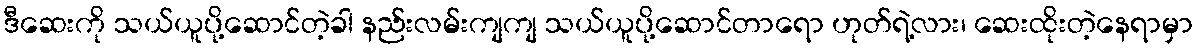
ဒီဆေးကို သယ်ယူပို့ဆောင်တဲ့ခါ နည်းလမ်းကျကျ သယ်ယူပို့ဆောင်တာရော ဟုတ်ရဲ့လား၊ ဆေးထိုးတဲ့နေရာမှာ